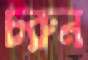
চরুন